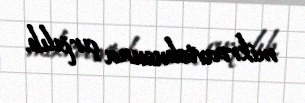
mikroavtobusuna çırpılıb.